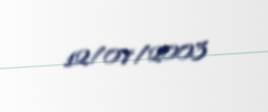
12/07/2003